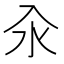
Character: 汆